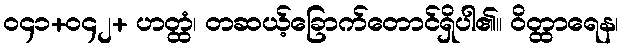
၀၄၁+၀၄၂+ ဟတ္ထံ၊ တဆယ့်ခြောက်တောင်ရှိပါ၏။ ဝိတ္ထာရေန၊